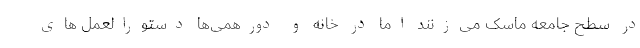
در سطح جامعه ماسک می‌زنند اما در خانه و دورهمی‌ها دستورالعمل های